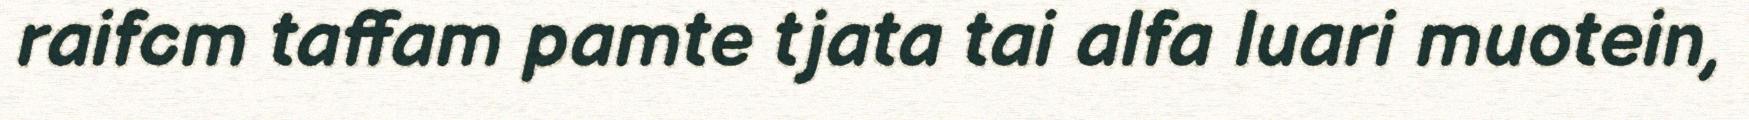
raifcm taffam pamte tjata tai alfa luari muotein,